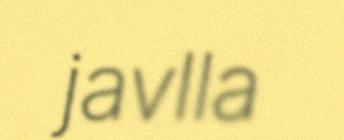
javlla